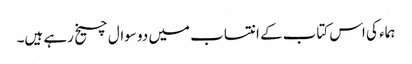
ہماء کی اس کتاب کے انتساب میں دو سوال چیخ رہے ہیں۔